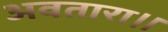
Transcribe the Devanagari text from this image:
अवतारा।।